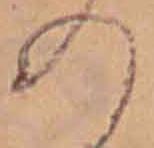
の